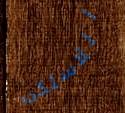
اللاسلكى